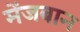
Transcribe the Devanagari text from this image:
मेंजबान